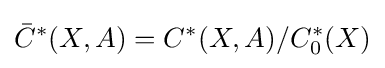
{\bar {C}}^{*}(X,A)=C^{*}(X,A)/C_{0}^{*}(X)